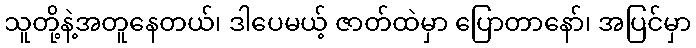
သူတို့နဲ့အတူနေတယ်၊ ဒါပေမယ့် ဇာတ်ထဲမှာ ပြောတာနော်၊ အပြင်မှာ